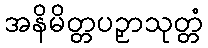
အနိမိတ္တပဉှာသုတ္တံ